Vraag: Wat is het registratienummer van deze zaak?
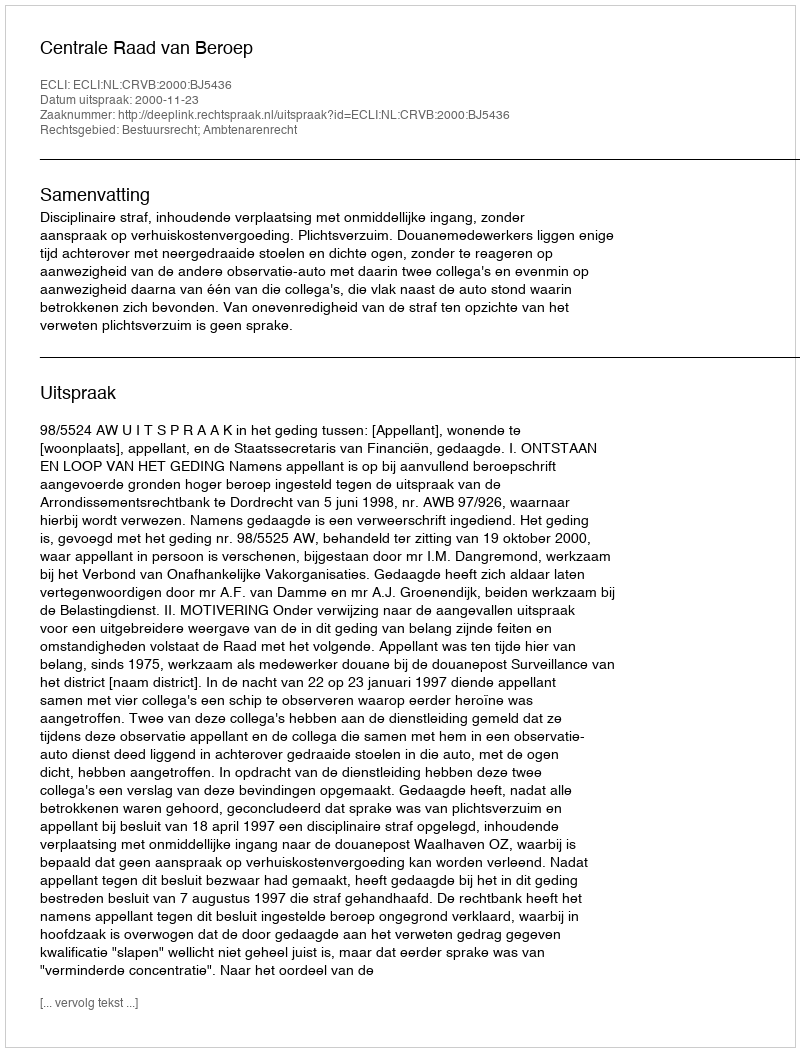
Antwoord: http://deeplink.rechtspraak.nl/uitspraak?id=ECLI:NL:CRVB:2000:BJ5436